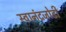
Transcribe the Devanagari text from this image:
स्वानंदजोडी